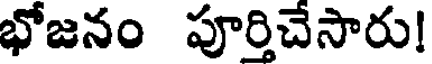
భోజనం పూర్తిచేసారు!